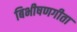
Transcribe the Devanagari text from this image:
बिभीषणगीता